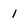
Character: 1